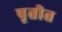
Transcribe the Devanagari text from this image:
पृतीत